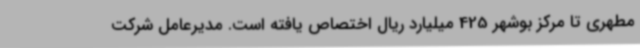
مطهری تا مرکز بوشهر 425 میلیارد ریال اختصاص یافته است. مدیرعامل شرکت